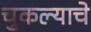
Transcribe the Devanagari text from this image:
चुकल्याचे